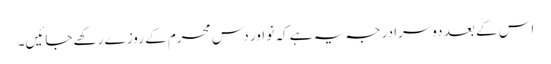
اس کے بعد دوسرا درجہ یہ ہے کہ نو اور دس محرم کے روزے رکھے جائیں۔